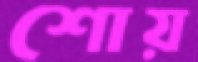
শোয়